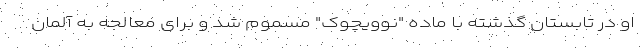
او در تابستان گذشته با ماده "نوویچوک" مسموم شد و برای معالجه به آلمان